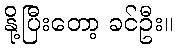
နို့ပြီးတော့ ခင်ဦး။